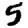
Digit: 5